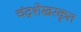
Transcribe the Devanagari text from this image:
चंद्रशेखरकृत